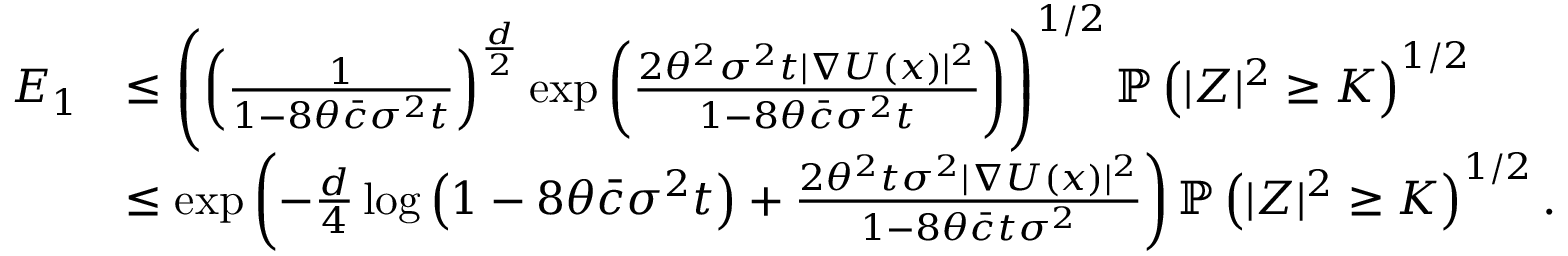
\begin{array} { r l } { E _ { 1 } } & { \le \left( \left( \frac { 1 } { 1 - 8 \theta \bar { c } \sigma ^ { 2 } t } \right) ^ { \frac { d } { 2 } } \exp \left( \frac { 2 \theta ^ { 2 } \sigma ^ { 2 } t | \nabla U ( x ) | ^ { 2 } } { 1 - 8 \theta \bar { c } \sigma ^ { 2 } t } \right) \right) ^ { 1 / 2 } \mathbb { P } \left( | Z | ^ { 2 } \ge K \right) ^ { 1 / 2 } } \\ & { \le \exp \left( - \frac { d } { 4 } \log \left( 1 - 8 \theta \bar { c } \sigma ^ { 2 } t \right) + \frac { 2 \theta ^ { 2 } t \sigma ^ { 2 } | \nabla U ( x ) | ^ { 2 } } { 1 - 8 \theta \bar { c } t \sigma ^ { 2 } } \right) \mathbb { P } \left( | Z | ^ { 2 } \ge K \right) ^ { 1 / 2 } . } \end{array}